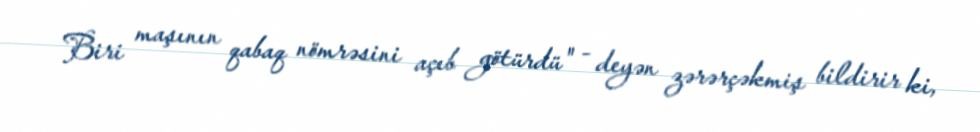
Biri maşının qabaq nömrəsini açıb götürdü" - deyən zərərçəkmiş bildirir ki,